On the action of the venoms of the cobra (Naja tripudians) and of the daboia (Daboia russellii) on the red blood corpuscles and on the blood plasma - Number 4
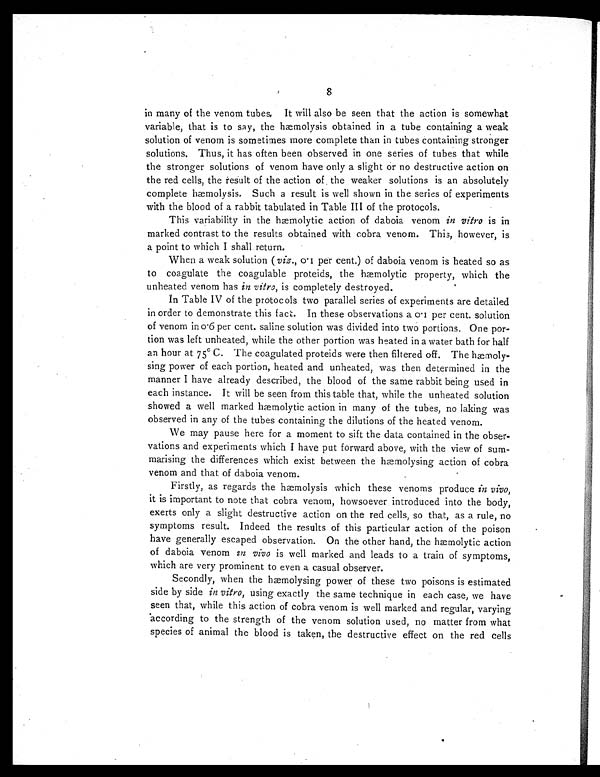
8
in many of the venom tubes, It will also be seen that the action is somewhat
variable, that is to say, the hæmolysis obtained in a tube containing a weak
solution of venom is sometimes more complete than in tubes containing stronger
solutions. Thus, it has often been observed in one series of tubes that while
the stronger solutions of venom have only a slight or no destructive action on
the red cells, the result of the action of . the weaker solutions is an absolutely
complete hæmolysis. Such a result is well shown in the series of experiments
with the blood of a rabbit tabulated in Table III of the protocols.
This variability in the hæmolytic action of daboia venom in vitro is in
marked contrast to the results obtained with cobra venom. This, however, is
a point to which I shall return.
When a weak solution ( viz., 0.1 per cent.) of daboia venom is heated so as
to coagulate the coagulable proteids, the hæmolytic property, which the
unheated venom has in vitro, is completely destroyed.
In Table IV of the protocols two parallel series of experiments are detailed
in order to demonstrate this face. In these observations a 0.1 per cent. solution
of venom in 0.6 per cent. saline solution was divided into two portions. One por-
tion was left unheated, while the other portion was heated in a water bath for half
an hour at 75° C. The coagulated proteids were then filtered off. The hæmoly-
sing power of each portion, heated and unheated, was then determined in the
manner I have already described, the blood of the same rabbit being used in
each instance. It will be seen from this table that, while the unheated solution
showed a well marked haemolytic action in many of the tubes, no laking was
observed in any of the tubes containing the dilutions of the heated venom.
We may pause here for a moment to sift the data contained in the obser-
vations and experiments which I have put forward above, with the view of sum-
marising the differences which exist between the hæmolysing action of cobra
venom and that of daboia venom.
Firstly, as regards the hæmolysis which these venoms produce in vivo,
it is important to note that cobra venom, howsoever introduced into the body,
exerts only a slight destructive action on the red cells, so that, as a rule, no
symptoms result. Indeed the results of this particular action of the poison
have generally escaped observation. On the other hand, the hmolytic action
of daboia venom i n v i v o i s w e l l m a r k e d a n d l e a d s t o a t r a i n o f s y m p t o m s ,
which are very prominent to even a casual observer.
Secondly, when the hæmolysing power of these two poisons is estimated
side by side in vitro, using exactly the same technique in each case, we have
seen that, while this action of cobra venom is well marked and regular, varying
according to the strength of the venom solution used, no matter from what
species of animal the blood is taken, the destructive effect on the red cells